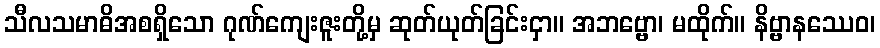
သီလသမာဓိအစရှိသော ဂုဏ်ကျေးဇူးတို့မှ ဆုတ်ယုတ်ခြင်းငှာ။ အဘဗ္ဗော၊ မထိုက်။ နိဗ္ဗာနဿေဝ၊